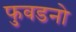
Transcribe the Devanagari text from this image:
फुवडनो